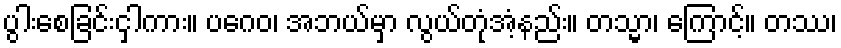
ပွါးစေခြင်းငှါကား။ ပဂေဝ၊ အဘယ်မှာ လွယ်တုံအံ့နည်း။ တသ္မာ၊ ကြောင့်။ တဿ၊